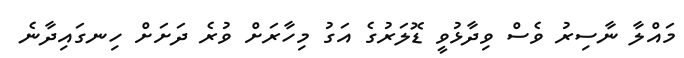
މައްލާ ނާސިރު ވެސް ވިދާޅުވީ ޑޮލަރުގެ އަގު މިހާރަށް ވުރެ ދަށަށް ހިނގައިދާނެ